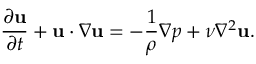
\frac { \partial { \bf u } } { \partial t } + { \bf u } \cdot \nabla { \bf u } = - \frac { 1 } { \rho } \nabla p + { \nu } { \nabla ^ { 2 } } { \bf u } .